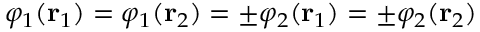
\varphi _ { 1 } ( \mathbf { r } _ { 1 } ) = \varphi _ { 1 } ( \mathbf { r } _ { 2 } ) = \pm \varphi _ { 2 } ( \mathbf { r } _ { 1 } ) = \pm \varphi _ { 2 } ( \mathbf { r } _ { 2 } )